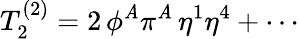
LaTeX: T_{2}^{(2)}=2\, \phi^{\mathit{A}}\pi^{\mathit{A}}\, \eta^{1}\eta^{4}+\cdots